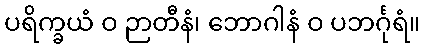
ပရိက္ခယံ ဝ ဉာတီနံ၊ ဘောဂါနံ ဝ ပဘင်္ဂုရံ။